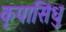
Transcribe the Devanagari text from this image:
कृपासिंधु